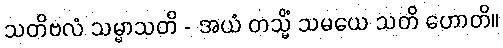
သတိဗလံ သမ္မာသတိ - အယံ တသ္မိံ သမယေ သတိ ဟောတိ။